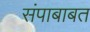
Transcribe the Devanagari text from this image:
संपाबाबत